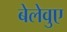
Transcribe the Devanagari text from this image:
बेलेवुए